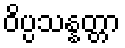
ဝိပ္ပသန္နတ္တာ